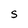
Character: S